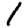
Digit: 1